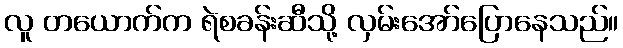
လူ တယောက်က ရဲစခန်းဆီသို့ လှမ်းအော်ပြောနေသည်။